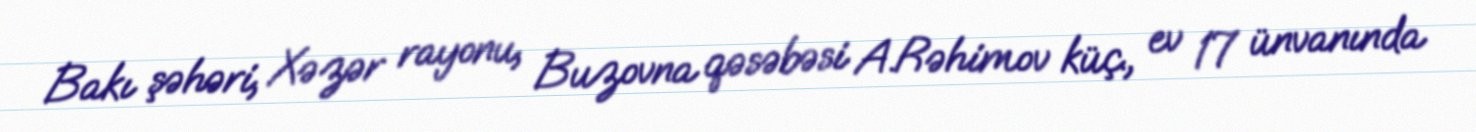
Bakı şəhəri, Xəzər rayonu, Buzovna qəsəbəsi A.Rəhimov küç., ev 17 ünvanında